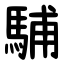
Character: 䮒